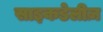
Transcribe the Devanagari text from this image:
साइकडेलीज़